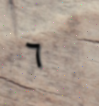
٦